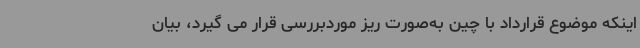
اینکه موضوع قرارداد با چین به‌صورت ریز موردبررسی قرار می گیرد، بیان